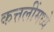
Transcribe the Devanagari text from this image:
कत्तलींमध्ये